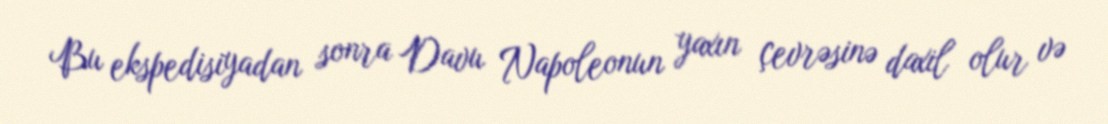
Bu ekspedisiyadan sonra Davu Napoleonun yaxın çevrəsinə daxil olur və